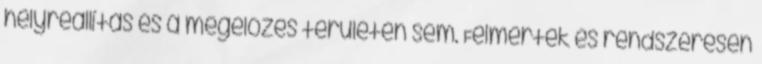
helyreállítás és a megelőzés területén sem. Felmérték és rendszeresen